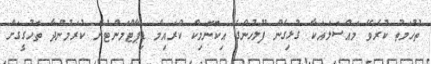
ތުހުމަތު ކުރެވޭ މައްސަލައަކާ ގުޅިގެން ފުލުހުންގެ އިކޮނޮމިކް ކްރައިމް ޑިޕާޓްމަންޓުން ކުރަމުންދާ ތަހުގީގަށް